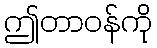
ဤတာဝန်ကို